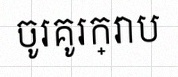
ចូរគូរក្រាប